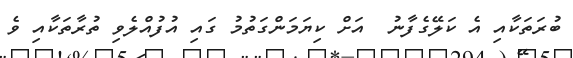
ބުރަތަކާއި އެ ކަލޭގެފާނު  އަށް ކިޔަމަންގަތުމު ގައި އުފުއްލެވި ތުރާތަކާއި ވެ